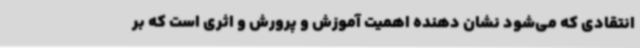
انتقادی که می‌شود نشان دهنده اهمیت آموزش و پرورش و اثری است که بر